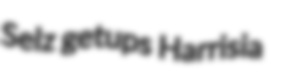
Selz getups Harrisia